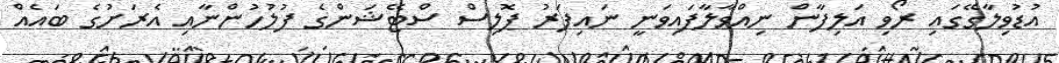
އުޑުވިލާގޭގައި ރޯވި އަލިފާން ނިއްވާލާފައިވަނީ ނައިފަރު ޕޮލިސް ސްޓޭޝަންގެ ފުލުހުންނާއި އެރަށުގެ ބައެއް